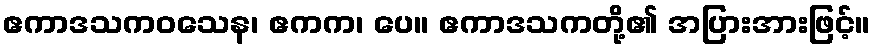
ဧကာဒသကဝသေန၊ ဧကက၊ ပေ။ ဧကာဒသကတို့၏ အပြားအားဖြင့်။